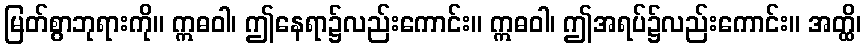
မြတ်စွာဘုရားကို။ ဣဓဝါ၊ ဤနေရာ၌လည်းကောင်း။ ဣဓဝါ၊ ဤအရပ်၌လည်းကောင်း။ အတ္ထိ၊